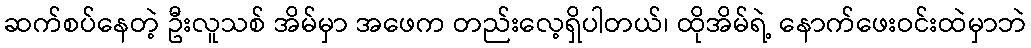
ဆက်စပ်နေတဲ့ ဦးလူသစ် အိမ်မှာ အဖေက တည်းလေ့ရှိပါတယ်၊ ထိုအိမ်ရဲ့ နောက်ဖေးဝင်းထဲမှာဘဲ